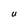
Character: U